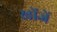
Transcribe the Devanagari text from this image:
खोंजें